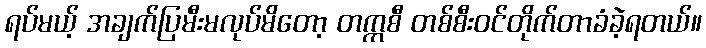
ရပ်မယ့် အချက်ပြမီးမလုပ်မိတော့ တက္ကစီ တစ်စီးဝင်တိုက်တာခံခဲ့ရတယ်။